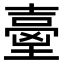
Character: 𡔼